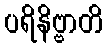
ပရိနိဗ္ဗာတိ